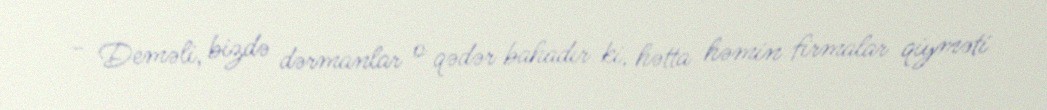
- Deməli, bizdə dərmanlar o qədər bahadır ki, hətta həmin firmalar qiyməti